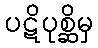
ပဋိပုစ္ဆိမှ